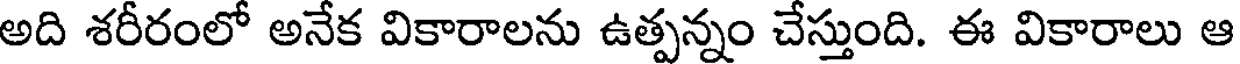
అది శరీరంలో అనేక వికారాలను ఉత్పన్నం చేస్తుంది. ఈ వికారాలు ఆ